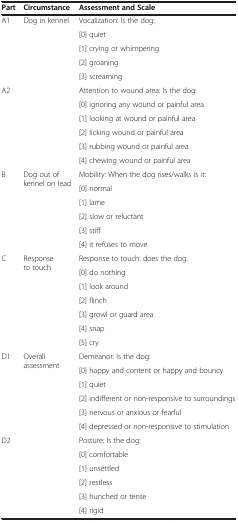
<table><thead><tr><td><b>Part</b></td><td><b>Circumstance</b></td><td><b>Assessment and Scale</b></td></tr></thead><tbody><tr><td rowspan="5">A1</td><td rowspan="5">Dog in kennel</td><td>Vocalization: Is the dog:</td></tr><tr><td>[0] quiet</td></tr><tr><td>[1] crying or whimpering</td></tr><tr><td>[2] groaning</td></tr><tr><td>[3] screaming</td></tr><tr><td rowspan="6">A2</td><td rowspan="6"> </td><td>Attention to wound area: Is the dog:</td></tr><tr><td>[0] ignoring any wound or painful area</td></tr><tr><td>[1] looking at wound or painful area</td></tr><tr><td>[2] licking wound or painful area</td></tr><tr><td>[3] rubbing wound or painful area</td></tr><tr><td>[4] chewing wound or painful area</td></tr><tr><td rowspan="6">B</td><td rowspan="6">Dog out of kennel on lead</td><td>Mobility: When the dog rises/walks is it:</td></tr><tr><td>[0] normal</td></tr><tr><td>[1] lame</td></tr><tr><td>[2] slow or reluctant</td></tr><tr><td>[3] stiff</td></tr><tr><td>[4] it refuses to move</td></tr><tr><td rowspan="7">C</td><td rowspan="7">Response to touch</td><td>Response to touch: does the dog:</td></tr><tr><td>[0] do nothing</td></tr><tr><td>[1] look around</td></tr><tr><td>[2] flinch</td></tr><tr><td>[3] growl or guard area</td></tr><tr><td>[4] snap</td></tr><tr><td>[5] cry</td></tr><tr><td rowspan="6">D1</td><td rowspan="6">Overall assessment</td><td>Demeanor: Is the dog:</td></tr><tr><td>[0] happy and content or happy and bouncy</td></tr><tr><td>[1] quiet</td></tr><tr><td>[2] indifferent or non-responsive to surroundings</td></tr><tr><td>[3] nervous or anxious or fearful</td></tr><tr><td>[4] depressed or non-responsive to stimulation</td></tr><tr><td rowspan="5">D2</td><td rowspan="5"> </td><td>Posture: Is the dog:</td></tr><tr><td>[0] comfortable</td></tr><tr><td>[1] unsettled</td></tr><tr><td>[2] restless</td></tr><tr><td>[3] hunched or tense</td></tr><tr><td> </td><td> </td><td>[4] rigid</td></tr></tbody></table>